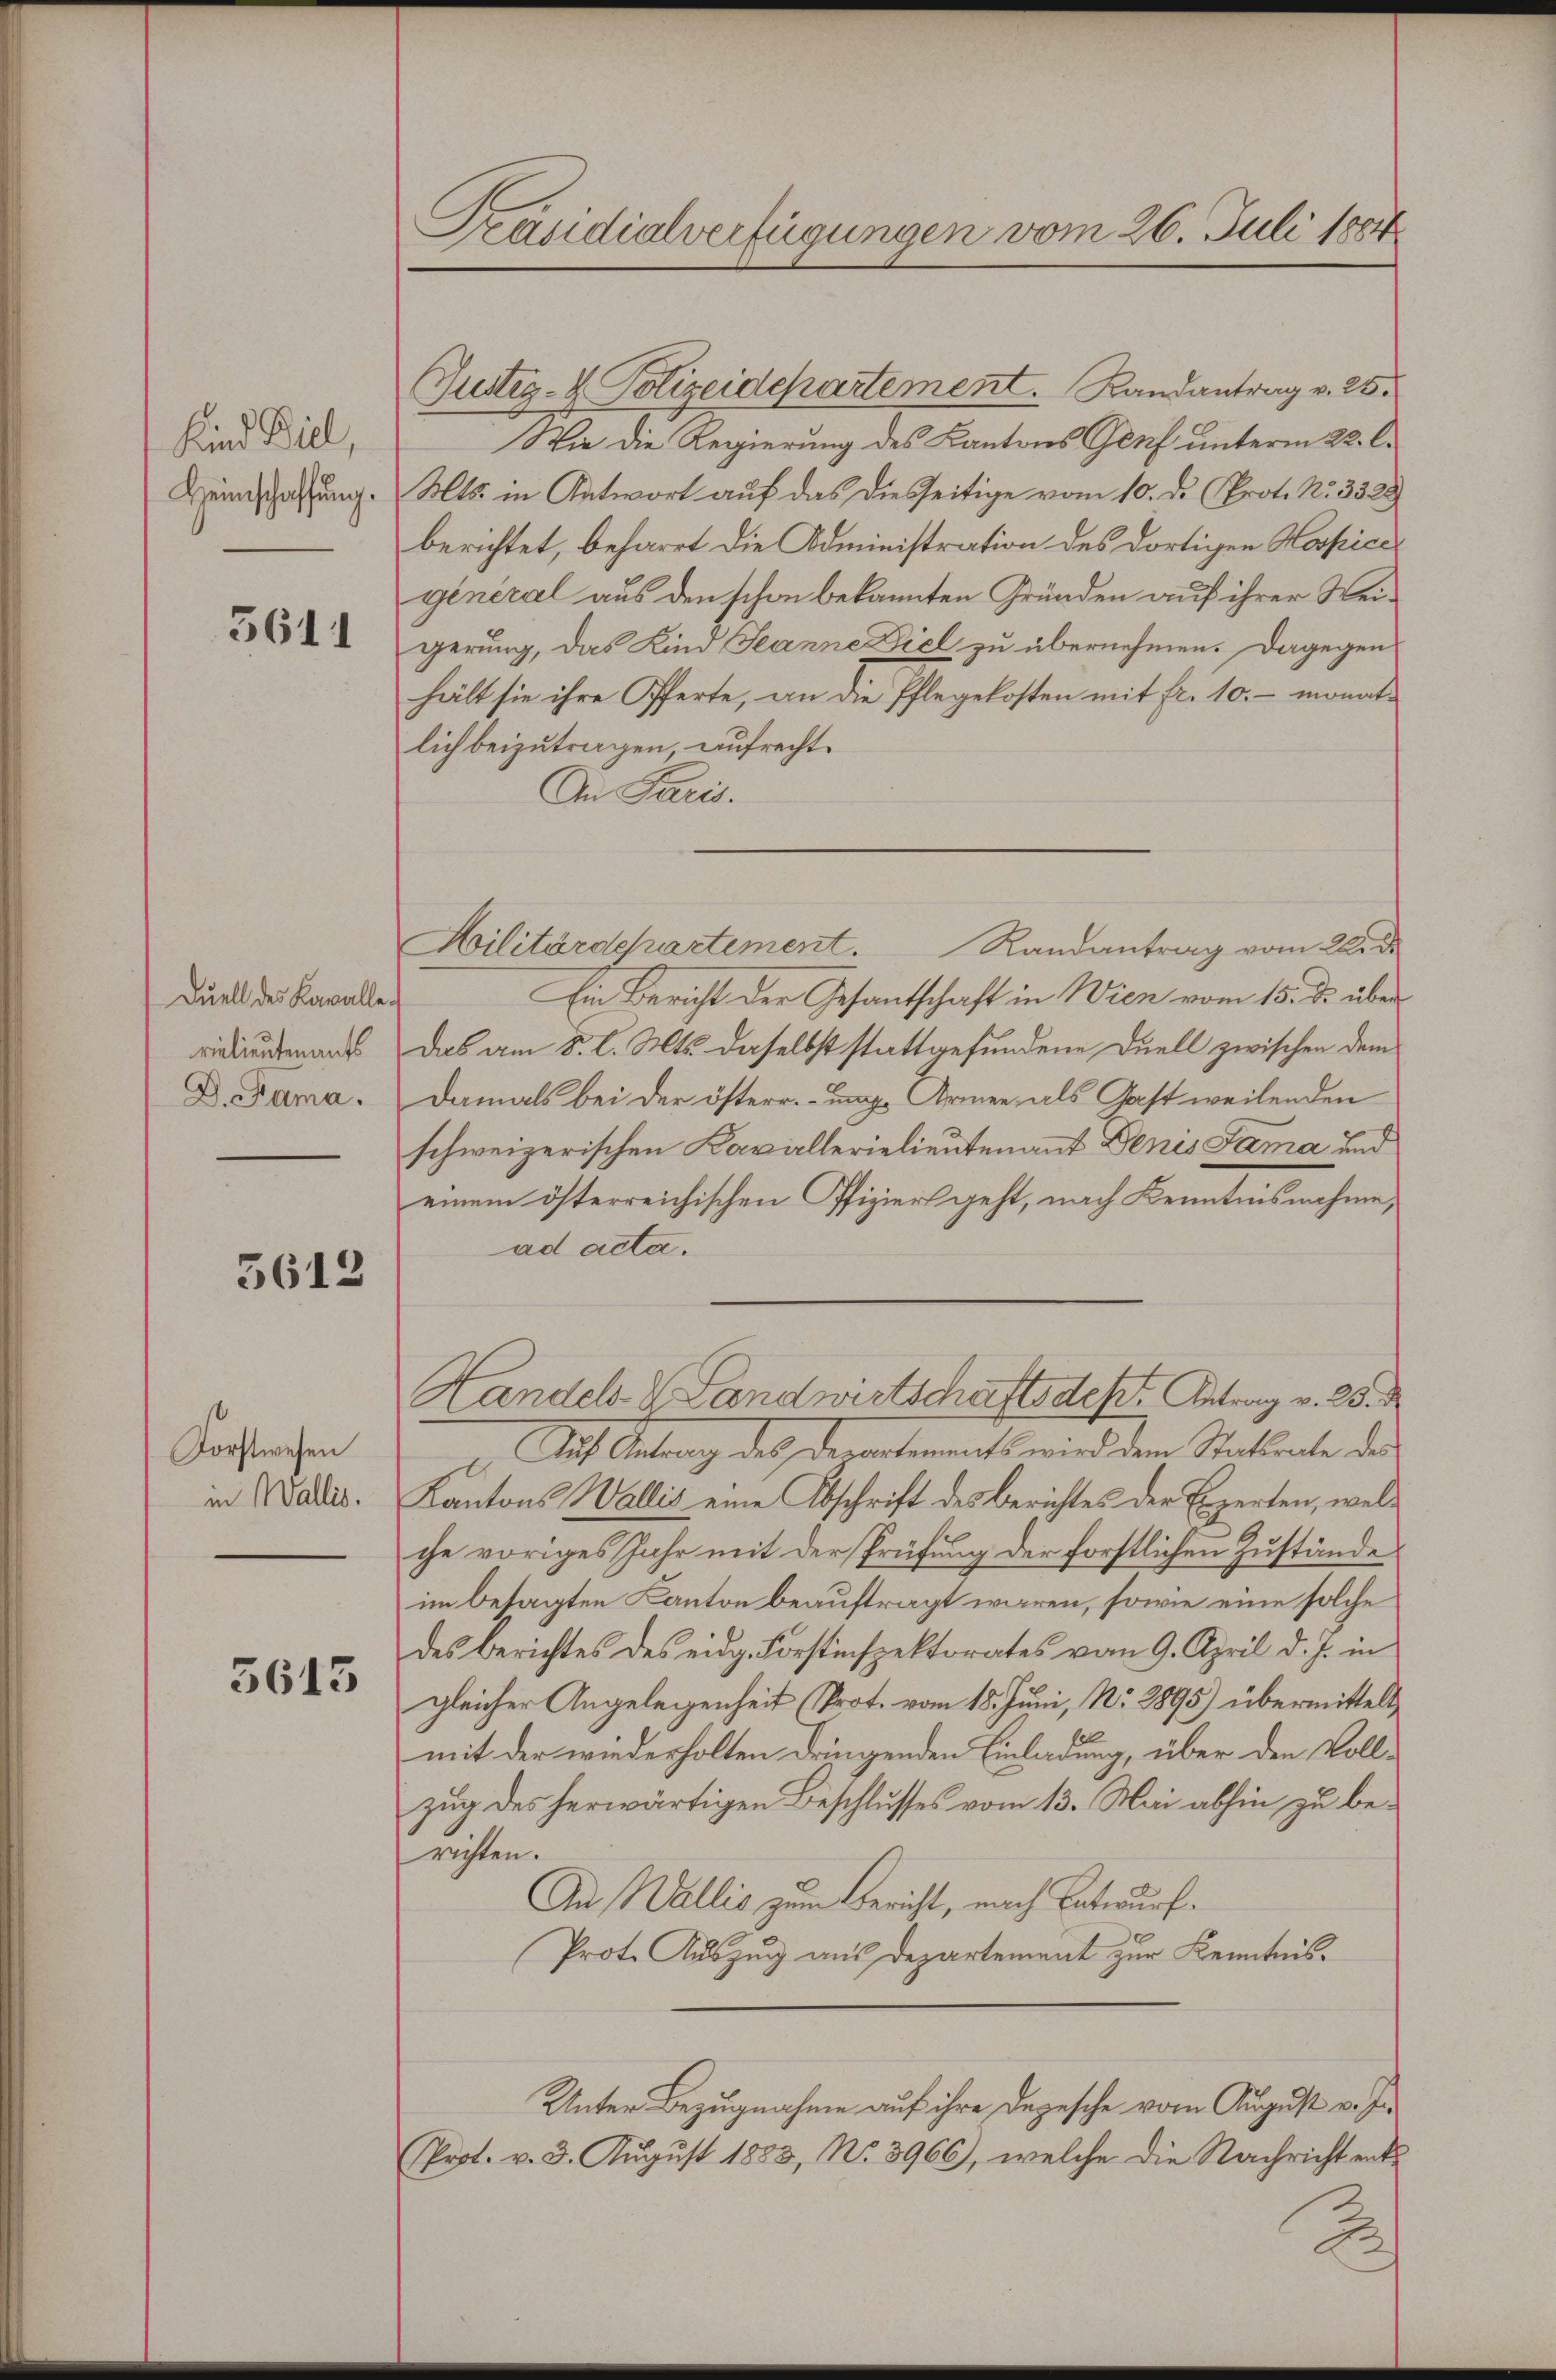
Kind Biel,
Heimschaffŭng.

5611

Duell des Kavalle
rielieutenants
D. Sama.

5612

Forstwesen
in Wallis.

3613

Präsidialverfügungen vom 26. Juli 1884

Justiz- & Polizeidepartement. Landantrag v. 25.
Wie die Regierung des Kantons Genf unterm 22. l.
Mts. in Antwort auf das diesseitige vom 10. d. Prot. No. 3328
berichtet, beharrt die Administration des dortigen Hospice
général aus den schon bekannten Gründen auf ihrer Weigerung, das Kind Jeanne Ziel zu übernehmen. Dagegen
hält sie ihre Offerte, an die Pflegekosten mit fr. 10. — monatlich beizutragen, aufrecht.
An Paris.
Hilitärdepartement.
Randantrag vom Wid
Ein Bericht der Gesantschaft in Wien vom 15. ds. über
Das am 8. l. Mts. daselbst stattgefundene Duell zwischen dem
Damals bei der österr. unge Armen, als Gast weilenden
schweizerischen Kavallerielieutenant Denis Fama und
einem österreichischen Ofiziers geht, nach Kenntnisnahme,
ad acta.
Handels- & Landwirtschaftsdest. Antrag v. 25. d
Auch Antrag des Departements wird dem Staturate des
E
Kantons Wallis eine Abschrift des Berichtes der Experten, welche voriges Jahr mit der Prüfung der forstlichen Zustände
im besagten Kanton beauftragt waren, sowie eine solche
des Berichtes des eidg. Forstinspektorates vom 9. April d. J. in
gleicher Angelegenheit (Prot. vom 18. Juni, Nr. 2895) übermittelt
mit der wiederholten dringenden Einladung, über den Vollzŭg des herwärtigen Beschlŭsses vom 13. Mai abhin zŭ be-
richten.
An Wallis zum Bericht, nach Entwurf.
Prote Auszug aus Departement zur Kenntnis¬
Unter Bezugnahme auf ihre Depesche vom August v. J.
Prot. v. 3. August 1883, No. 3966), welche die Nachricht ent¬
2